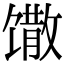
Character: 馓